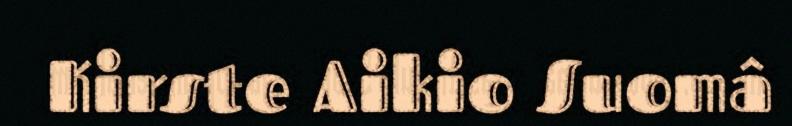
Kirste Aikio Suomâ